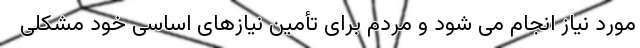
مورد نیاز انجام می شود و مردم برای تأمین نیازهای اساسی خود مشکلی